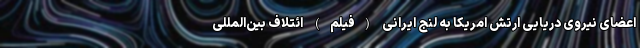
اعضای نیروی دریایی ارتش امریکا به لنج ایرانی (فیلم) ائتلاف بین‌المللی